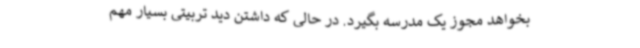
بخواهد مجوز یک مدرسه بگیرد. در حالی که داشتن دید تربیتی بسیار مهم